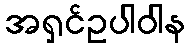
အရှင်ဥပါဝါန